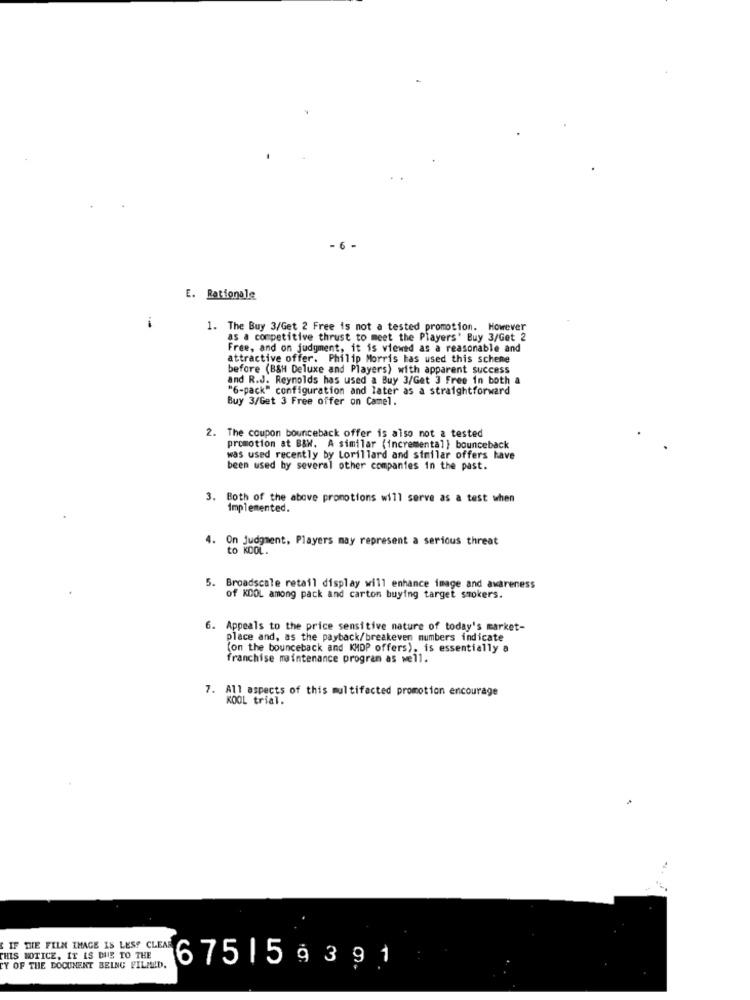
- 6 -
E. Rationale
1. The Buy 3/Get 2 Free is not a tested promotion. However
as a competitive thrust to meet the Players' Buy 3/Get 2
Free, and on judgment, it is viewed as a reasonable and
attractive offer. Philip Morris has used this schene
before (B&H Deluxe and Players) with apparent success
and R.J. Reynolds has used a Buy 3/Get 3 Free in both a
"6-pack" configuration and later as a straightforward
Buy 3/Get 3 Free offer on Camel.
2. The coupon bounceback offer is also not a tested
promotion at B&W. A similar (incremental } bounceback
was used recently by Lorillard and similar offers have
been used by several other companies in the past.
3. Both of the above promotions will serve as a test when
implemented.
4. On Judgment, Players may represent a serious threat
to KOOL.
5. Broadscale retail display will enhance image and awareness
of KDOL among pack and carton buying target smokers.
6. Appeals to the price sensitive nature of today's market-
place and, as the payback/breakeven mumbers indicate
(on the bounceback and KMDP offers), is essentially a
franchise maintenance program as well.
7. All aspects of this multifacted promotion encourage
KOOL trial.
IF THE FILM THAGE IS LESS CLEAR
THIS NOTICE, IT IS DUE TO THE
Y OF THE DOCUMENT BEING FILMED.
6751 59391